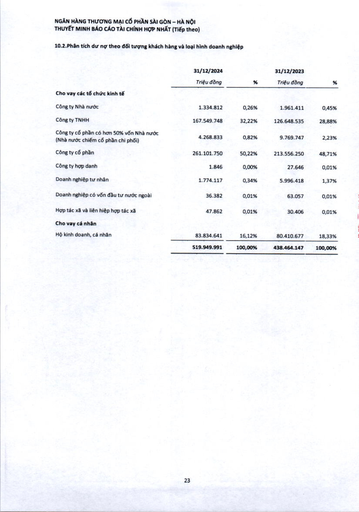
||31/12/2024||31/12/2023|| |---|---|---|---|---| ||Triệu đồng|%|Triệu đồng|%| |Cho vay các tổ chức kinh tế||||| |Công ty Nhà nước|1.334.812|0,26%|1.961.411|0,45%| |Công ty TNHH|167.549.748|32,22%|126.648.535|28,88%| |Công ty có phần có hơn 50% vốn Nhà nước (Nhà nước chiếm cổ phần chi phối)|4.268.833|0,82%|9.769.747|2,23%| |Công ty cổ phần|261.101.750|50,22%|213.556.250|48,71%| |Công ty hợp danh|1.846|0,00%|27.646|0,01%| |Doanh nghiệp tư nhân|1.774.117|0,34%|5.996.418|1,37%| |Doanh nghiệp có vốn đầu tư nước ngoài|36.382|0,01%|63.057|0,01%| |Hợp tác xã và liên hiệp hợp tác xã|47.862|0,01%|30.406|0,01%| |Cho vay cá nhân||||| |Hộ kinh doanh, cá nhân|83.834.641|16,12%|80.410.677|18,33%| ||519.949.991|100,00%|438.464.147|100,00%|